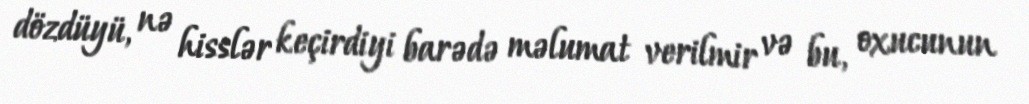
dözdüyü, nə hisslər keçirdiyi barədə məlumat verilmir və bu, oxucunun